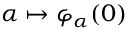
\alpha \mapsto \varphi _ { \alpha } ( 0 )